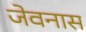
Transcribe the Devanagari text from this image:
जेवनास